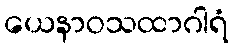
ယေနာဝသထာဂါရံ